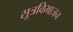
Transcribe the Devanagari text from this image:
सूत्रविभाजन